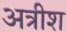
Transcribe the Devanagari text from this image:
अत्रीश